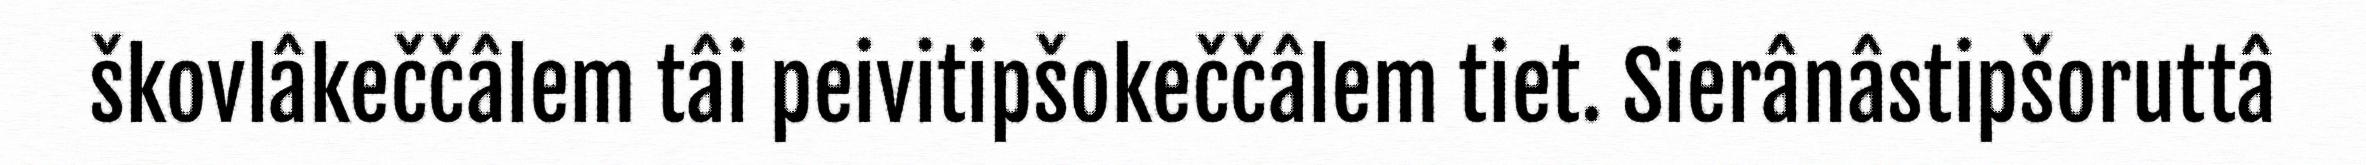
škovlâkeččâlem tâi peivitipšokeččâlem tiet. Sierânâstipšoruttâ